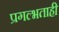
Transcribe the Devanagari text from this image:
प्रगल्भताही